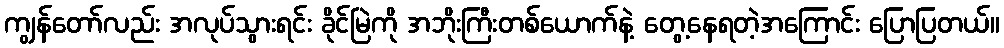
ကျွန်တော်လည်း အလုပ်သွားရင်း ခိုင်မြဲကို အဘိုးကြီးတစ်ယောက်နဲ့ တွေ့နေရတဲ့အကြောင်း ပြောပြတယ်။